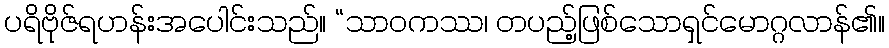
ပရိဗိုဇ်ရဟန်းအပေါင်းသည်။ “သာဝကဿ၊ တပည့်ဖြစ်သောရှင်မောဂ္ဂလာန်၏။